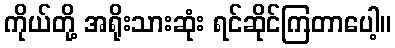
ကိုယ်တို့ အရိုးသားဆုံး ရင်ဆိုင်ကြတာပေါ့။